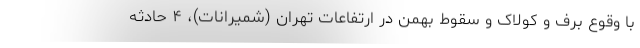
با وقوع برف و کولاک و سقوط بهمن در ارتفاعات تهران (شمیرانات)، ۴ حادثه